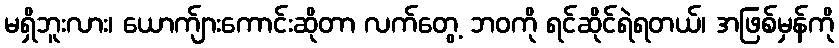
မရှိဘူးလား၊ ယောက်ျားကောင်းဆိုတာ လက်တွေ့ ဘဝကို ရင်ဆိုင်ရဲရတယ်၊ အဖြစ်မှန်ကို